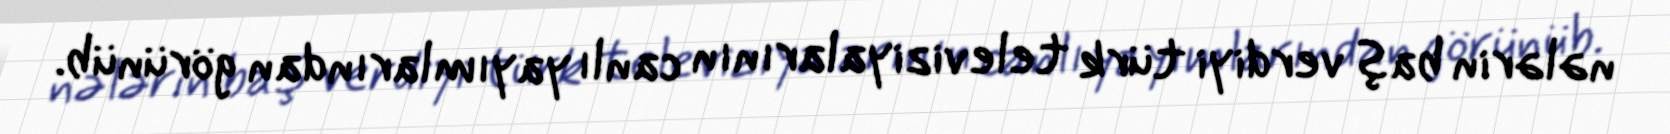
nələrin baş verdiyi türk televiziyalarının canlı yayımlarından görünüb.